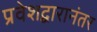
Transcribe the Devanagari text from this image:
प्रवेशद्वारानंतर